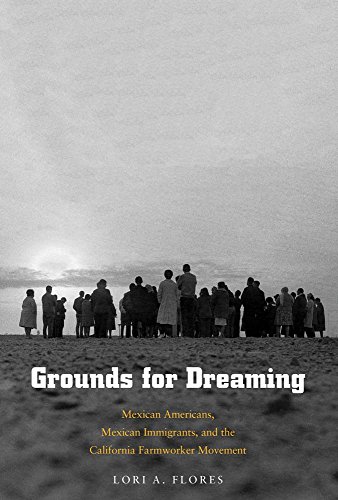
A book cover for Grounds for Dreaming: Mexican Americans, Mexican Immigrants, and the California Farmworker Movement (The Lamar Series in Western History); Lori A. Flores; Law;